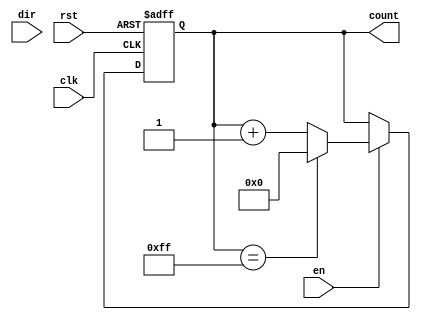
module parameterized_counter #(
    parameter WIDTH = 8,                // Width of the counter
    parameter COUNT_MODE = "UP"         // Counting mode: "UP", "DOWN", or "UPDOWN"
)(
    input wire clk,                     // Clock signal
    input wire rst,                     // Asynchronous reset
    input wire en,                      // Enable signal
    input wire dir,                     // Direction signal (for up/down counting)
    output reg [WIDTH-1:0] count        // Current counter value
);

    // Internal counter value
    always @(posedge clk or posedge rst) begin
        if (rst) begin
            count <= 0;                  // Reset counter to zero
        end else if (en) begin
            case (COUNT_MODE)
                "UP": begin
                    if (count == {WIDTH{1'b1}}) begin
                        count <= 0;      // Wrap around on overflow
                    end else begin
                        count <= count + 1; // Increment
                    end
                end
                
                "DOWN": begin
                    if (count == 0) begin
                        count <= {WIDTH{1'b1}}; // Wrap around on underflow
                    end else begin
                        count <= count - 1; // Decrement
                    end
                end
                
                "UPDOWN": begin
                    if (dir) begin
                        if (count == {WIDTH{1'b1}}) begin
                            count <= 0; // Wrap around on overflow
                        end else begin
                            count <= count + 1; // Increment
                        end
                    end else begin
                        if (count == 0) begin
                            count <= {WIDTH{1'b1}}; // Wrap around on underflow
                        end else begin
                            count <= count - 1; // Decrement
                        end
                    end
                end
                
                default: count <= count; // No change if mode is invalid
            endcase
        end
    end

endmodule